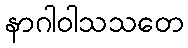
နာဂါဝါသသတေ